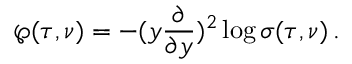
\wp ( \tau , \nu ) = - ( y \frac { \partial } { \partial y } ) ^ { 2 } \log \sigma ( \tau , \nu ) \, .